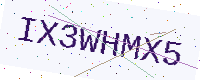
Text: IX3WHMX5